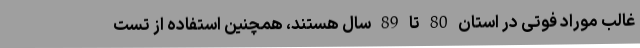
غالب موراد فوتی در استان 80 تا 89 سال هستند، همچنین استفاده از تست